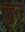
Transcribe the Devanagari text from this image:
च्हुत